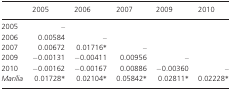
<table><thead><tr><td></td><td><b>2005</b></td><td><b>2006</b></td><td><b>2007</b></td><td><b>2009</b></td><td><b>2010</b></td></tr></thead><tbody><tr><td>2005</td><td>–</td><td></td><td></td><td></td><td></td></tr><tr><td>2006</td><td>0.00584</td><td>–</td><td></td><td></td><td></td></tr><tr><td>2007</td><td>0.00672</td><td>0.01716*</td><td>–</td><td></td><td></td></tr><tr><td>2009</td><td>−0.00131</td><td>−0.00411</td><td>0.00956</td><td>–</td><td></td></tr><tr><td>2010</td><td>−0.00162</td><td>−0.00167</td><td>0.00886</td><td>−0.00360</td><td>–</td></tr><tr><td><i>Marília</i></td><td>0.01728*</td><td>0.02104*</td><td>0.05842*</td><td>0.02811*</td><td>0.02228*</td></tr></tbody></table>